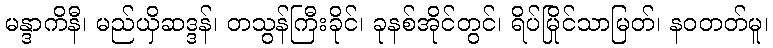
မန္ဒာကိနီ၊ မည်ယှိဆဒ္ဒန်၊ တသွန်ကြီးခိုင်၊ ခုနစ်အိုင်တွင်၊ ရိပ်မြိုင်သာမြတ်၊ နဝတတ်မူ၊